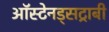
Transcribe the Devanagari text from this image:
ऑस्टेनड्सट्राबी